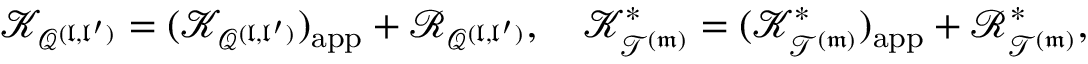
\mathcal K _ { \mathcal Q ^ { ( \mathfrak l , \mathfrak l ^ { \prime } ) } } = ( \mathcal K _ { \mathcal Q ^ { ( \mathfrak l , \mathfrak l ^ { \prime } ) } } ) _ { \mathrm { a p p } } + \mathscr R _ { \mathcal Q ^ { ( \mathfrak l , \mathfrak l ^ { \prime } ) } } , \quad \mathcal K _ { \mathcal T ^ { ( \mathfrak m ) } } ^ { * } = ( \mathcal K _ { \mathcal T ^ { ( \mathfrak m ) } } ^ { * } ) _ { \mathrm { a p p } } + \mathscr R _ { \mathcal T ^ { ( \mathfrak m ) } } ^ { * } ,